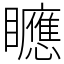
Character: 𥌾